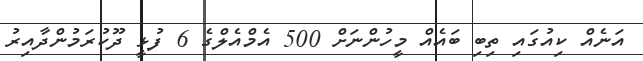
އަނެއް ކިއުގައި ތިބި ބައެއް މީހުންނަށް 500 އެމްއެލްގެ 6 ފުޅީ ދޫކުރަމުންދާއިރު